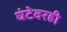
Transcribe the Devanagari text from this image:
घंटेवरही